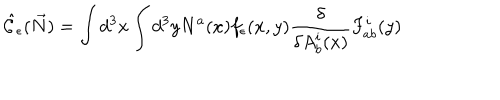
\hat { \cal C } _ { \epsilon } ( \vec { N } ) = \int d ^ { 3 } x \int d ^ { 3 } y N ^ { a } ( x ) f _ { \epsilon } ( x , y ) { \frac { \delta } { \delta A _ { b } ^ { i } ( x ) } } F _ { a b } ^ { i } ( y )